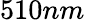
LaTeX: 510nm